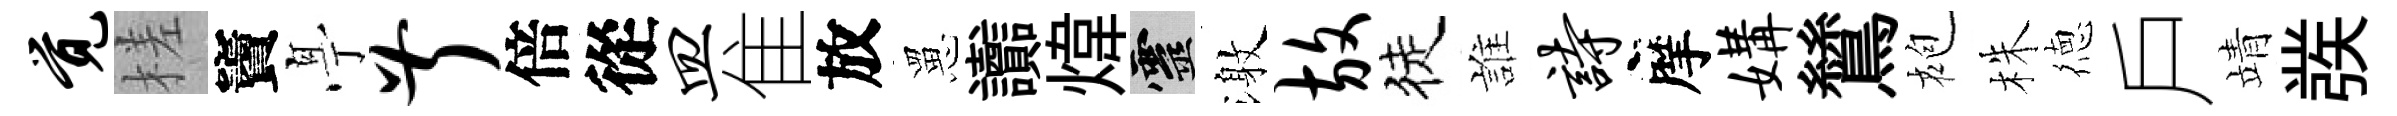
觉槎竇𠅘叔倍從皿隹放罳讟煒靈激放徒誰诗摩媾鷥袍株徳戶靖彂